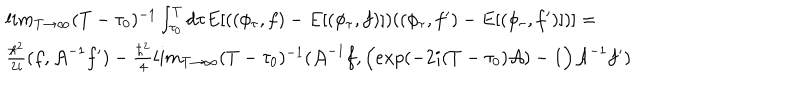
\begin{array} { l } { { l i m _ { T \rightarrow \infty } ( T - \tau _ { 0 } ) ^ { - 1 } \int _ { \tau _ { 0 } } ^ { T } d \tau E [ ( ( \phi _ { \tau } , f ) - E [ ( \phi _ { \tau } , f ) ] ) ( ( \phi _ { \tau } , f ^ { \prime } ) - E [ ( \phi _ { \tau } , f ^ { \prime } ) ] ) ] = } } \\ { { \frac { \hbar ^ { 2 } } { 2 i } ( f , { \cal A } ^ { - 1 } f ^ { \prime } ) - \frac { \hbar ^ { 2 } } { 4 } l i m _ { T \rightarrow \infty } ( T - \tau _ { 0 } ) ^ { - 1 } ( { \cal A } ^ { - 1 } f , \Big ( e x p ( - 2 i ( T - \tau _ { 0 } ) { \cal A } ) - 1 \Big ) { \cal A } ^ { - 1 } f ^ { \prime } ) } } \\ \end{array}